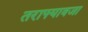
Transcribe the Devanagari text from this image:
तराफ्यावजा